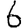
Digit: 6